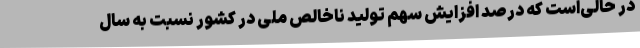
در حالی‌است که درصد افزایش سهم تولید ناخالص ملی در کشور نسبت به سال